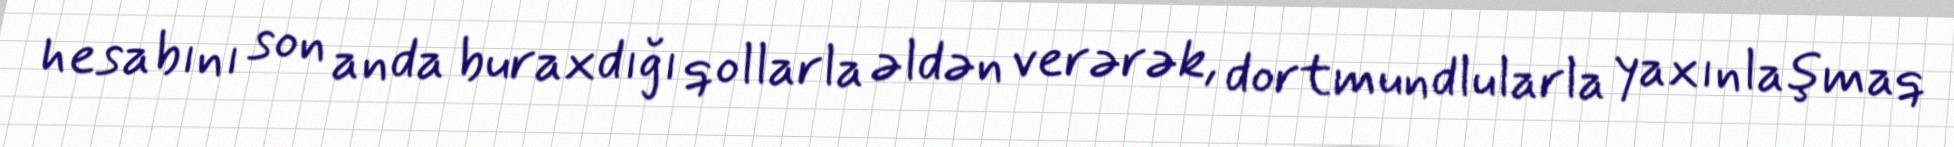
hesabını son anda buraxdığı qollarla əldən verərək, dortmundlularla yaxınlaşmaq